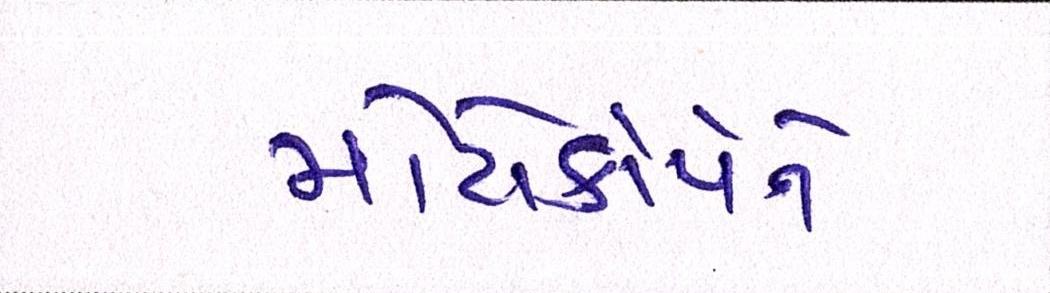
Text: મોટોકોર્પને